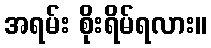
အရမ်း စိုးရိမ်ရလား။